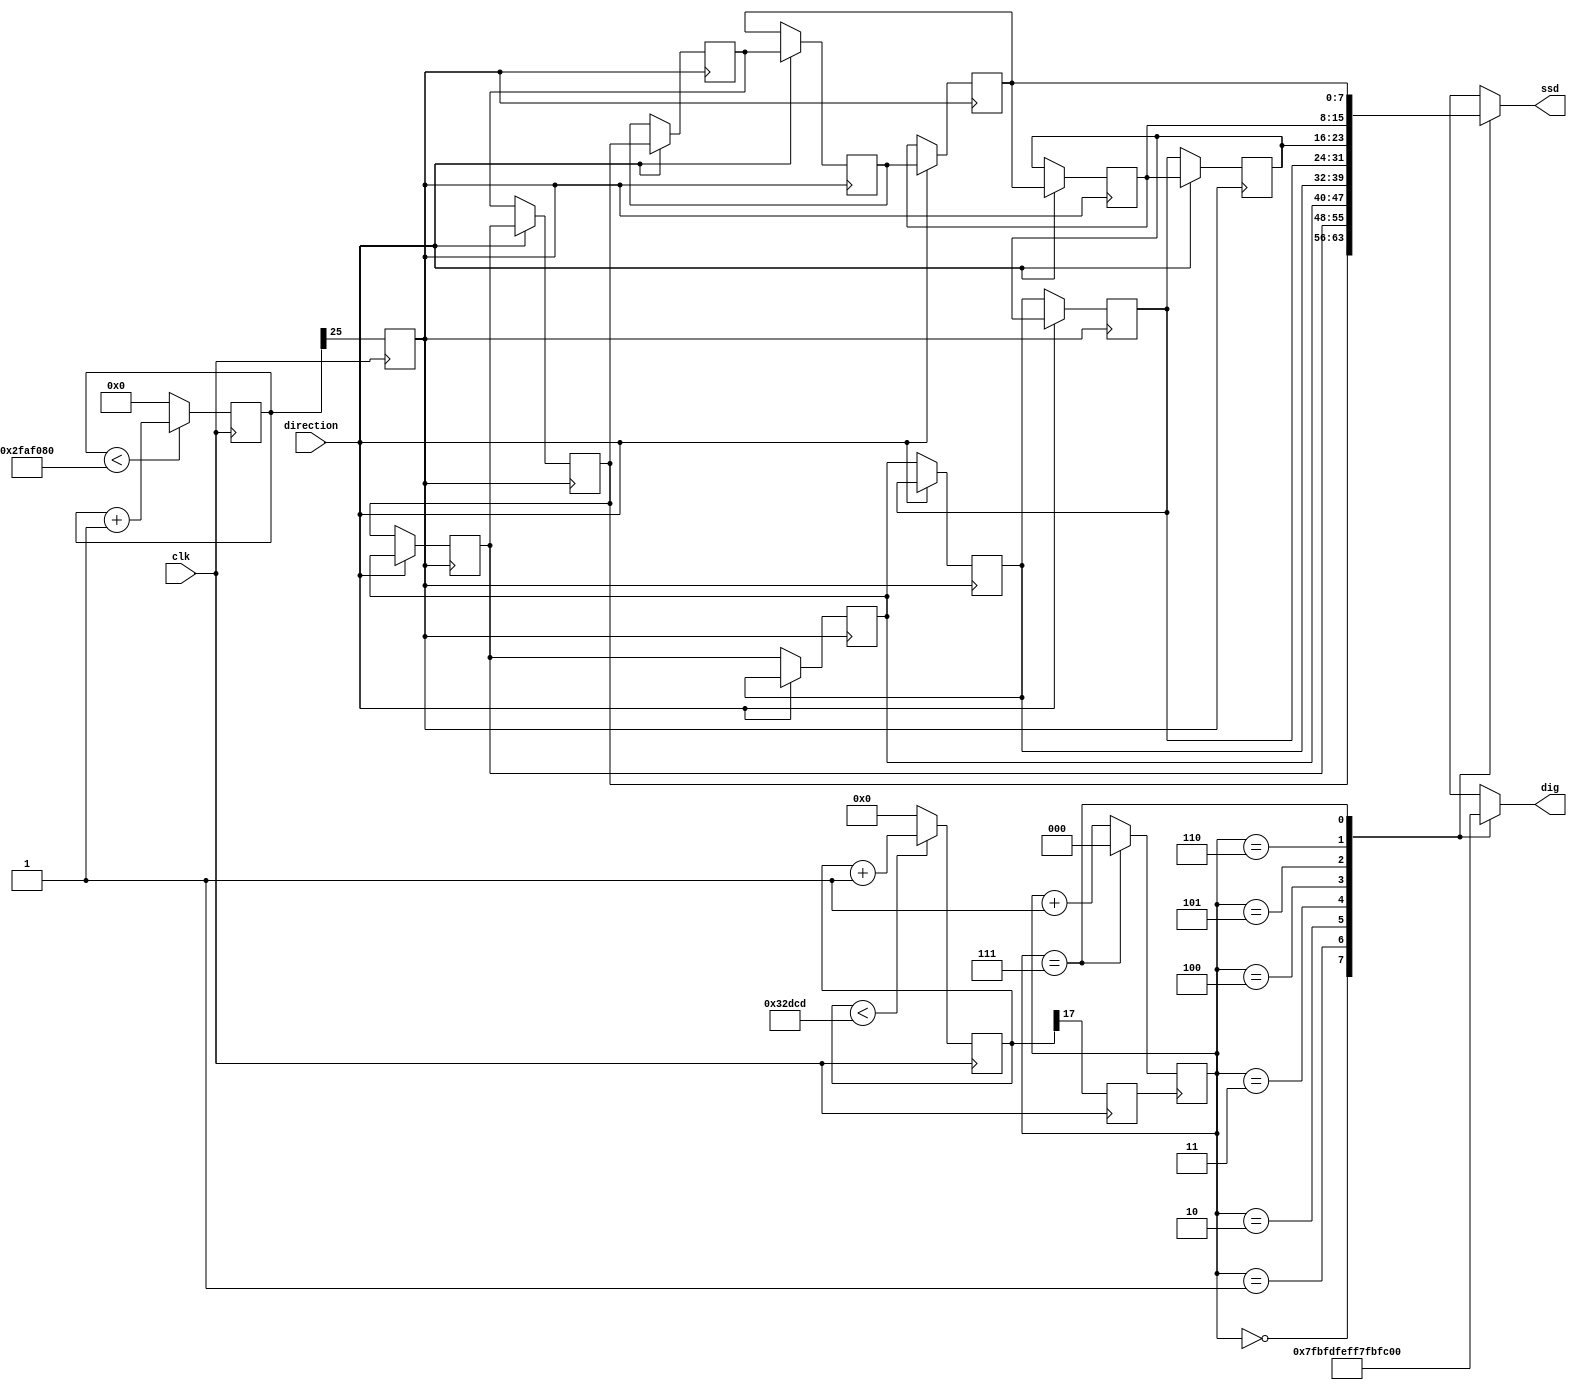
`timescale 1ns / 1ps

module id_ticker(
    input clk, //100MHz
    input direction,
    output [7:0] dig,
    output [7:0] ssd
    );

    //oscillator devide
    reg [25:0] div_s;
    reg [17:0] div_r;
    initial begin
        div_s = 26'd0;
        div_r = 17'd0;
    end
    
    reg clk_s; //shift clock
    reg clk_r; //refresh clock
    always @(posedge clk) begin
        if (div_s < 26'd50_000_000) begin //2Hz
            div_s <= div_s + 1;
        end
        else begin
            div_s <= 26'd0;
        end
        clk_s <= div_s[25];

        if (div_r < 18'd208_333) begin //480Hz, 60Hz scanne rate 
            div_r <= div_r + 1;
        end
        else begin
            div_r <= 18'd0;
        end
        clk_r <= div_r[17];
    end
    

    //memory shifting
    reg [7:0] memory[0:9];
    initial begin
        memory[0] = 8'b1001111_1;
        memory[1] = 8'b1001111_1;
        memory[2] = 8'b0010010_1;
        memory[3] = 8'b0100100_1;
        memory[4] = 8'b1001111_1;
        memory[5] = 8'b1001111_1;
        memory[6] = 8'b0000001_1;
        memory[7] = 8'b0000110_1;
        memory[8] = 8'b0000110_1;
        memory[9] = 8'b1111111_1;
    end
    always @(posedge clk_s) begin
        if(direction == 1'b0) begin
            memory[0] <= memory[9];
            memory[1] <= memory[0];
            memory[2] <= memory[1];
            memory[3] <= memory[2];
            memory[4] <= memory[3];
            memory[5] <= memory[4];
            memory[6] <= memory[5];
            memory[7] <= memory[6];
            memory[8] <= memory[7];
            memory[9] <= memory[8];
        end
        else begin
            memory[0] <= memory[1];
            memory[1] <= memory[2];
            memory[2] <= memory[3];
            memory[3] <= memory[4];
            memory[4] <= memory[5];
            memory[5] <= memory[6];
            memory[6] <= memory[7];
            memory[7] <= memory[8];
            memory[8] <= memory[9];
            memory[9] <= memory[0];
        end
    end


    //SSD refresh
    reg [2:0] rate = 3'b000;
    always @(posedge clk_r) begin
        if (rate == 3'b111) begin // reset
            rate <= 3'b000;
        end 
        else begin
            rate <= rate + 1;
        end
    end
    reg [7:0] ssd_current = 8'b1111111_1;
    reg [7:0] dig_r = 8'b1111_1111;
    always @(*) begin
        case(rate)
            3'b000: begin
                dig_r = 8'b0111_1111;
                ssd_current = memory[0];
            end
            3'b001: begin
                dig_r = 8'b1011_1111;
                ssd_current = memory[1];
            end
            3'b010: begin
                dig_r = 8'b1101_1111;
                ssd_current = memory[2];
            end
            3'b011: begin
                dig_r = 8'b1110_1111;
                ssd_current = memory[3];
            end
            3'b100: begin
                dig_r = 8'b1111_0111;
                ssd_current = memory[4];
            end
            3'b101: begin
                dig_r = 8'b1111_1011;
                ssd_current = memory[5];
            end
            3'b110: begin
                dig_r = 8'b1111_1101;
                ssd_current = memory[6];
            end
            3'b111: begin
                dig_r = 8'b1111_1110;
                ssd_current = memory[7];
            end
            default: begin
                dig_r = 8'b0111_1111;
                ssd_current = memory[0];
            end
        endcase
    end

    
    //dig & ssd output
    assign dig = dig_r;
    assign ssd = ssd_current;
    
endmodule